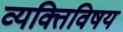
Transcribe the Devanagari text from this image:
व्यक्तिविषय